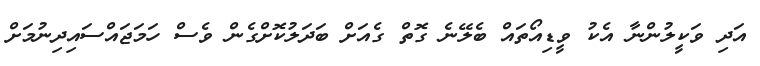
އަދި ވަކީލުންނާ އެކު ވީޑިއޯތައް ބެލޭނެ ގޮތް ގެއަށް ބަދަލުކޮށްގެން ވެސް ހަމަޖައްސައިދިނުމަށް